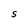
Character: S